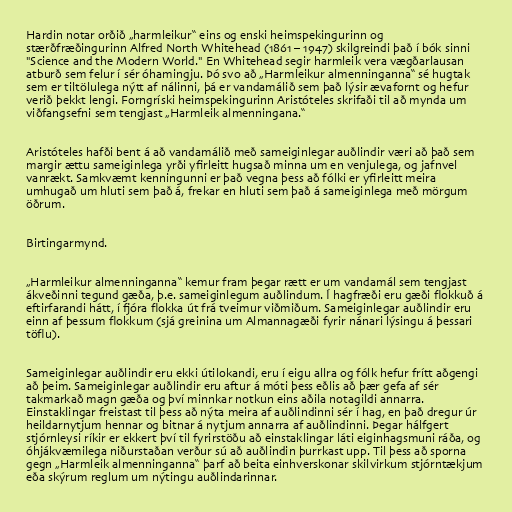
Hardin notar orðið „harmleikur“ eins og enski heimspekingurinn og
stærðfræðingurinn Alfred North Whitehead (1861 – 1947) skilgreindi það í bók sinni
"Science and the Modern World." En Whitehead segir harmleik vera vægðarlausan
atburð sem felur í sér óhamingju. Þó svo að „Harmleikur almenninganna“ sé hugtak
sem er tiltölulega nýtt af nálinni, þá er vandamálið sem það lýsir ævafornt og hefur
verið þekkt lengi. Forngríski heimspekingurinn Aristóteles skrifaði til að mynda um
viðfangsefni sem tengjast „Harmleik almenningana.“

Aristóteles hafði bent á að vandamálið með sameiginlegar auðlindir væri að það sem
margir ættu sameiginlega yrði yfirleitt hugsað minna um en venjulega, og jafnvel
vanrækt. Samkvæmt kenningunni er það vegna þess að fólki er yfirleitt meira
umhugað um hluti sem það á, frekar en hluti sem það á sameiginlega með mörgum
öðrum.

Birtingarmynd.

„Harmleikur almenninganna“ kemur fram þegar rætt er um vandamál sem tengjast
ákveðinni tegund gæða, þ.e. sameiginlegum auðlindum. Í hagfræði eru gæði flokkuð á
eftirfarandi hátt, í fjóra flokka út frá tveimur viðmiðum. Sameiginlegar auðlindir eru
einn af þessum flokkum (sjá greinina um Almannagæði fyrir nánari lýsingu á þessari
töflu).

Sameiginlegar auðlindir eru ekki útilokandi, eru í eigu allra og fólk hefur frítt aðgengi
að þeim. Sameiginlegar auðlindir eru aftur á móti þess eðlis að þær gefa af sér
takmarkað magn gæða og því minnkar notkun eins aðila notagildi annarra.
Einstaklingar freistast til þess að nýta meira af auðlindinni sér í hag, en það dregur úr
heildarnytjum hennar og bitnar á nytjum annarra af auðlindinni. Þegar hálfgert
stjórnleysi ríkir er ekkert því til fyrirstöðu að einstaklingar láti eiginhagsmuni ráða, og
óhjákvæmilega niðurstaðan verður sú að auðlindin þurrkast upp. Til þess að sporna
gegn „Harmleik almenninganna“ þarf að beita einhverskonar skilvirkum stjórntækjum
eða skýrum reglum um nýtingu auðlindarinnar.